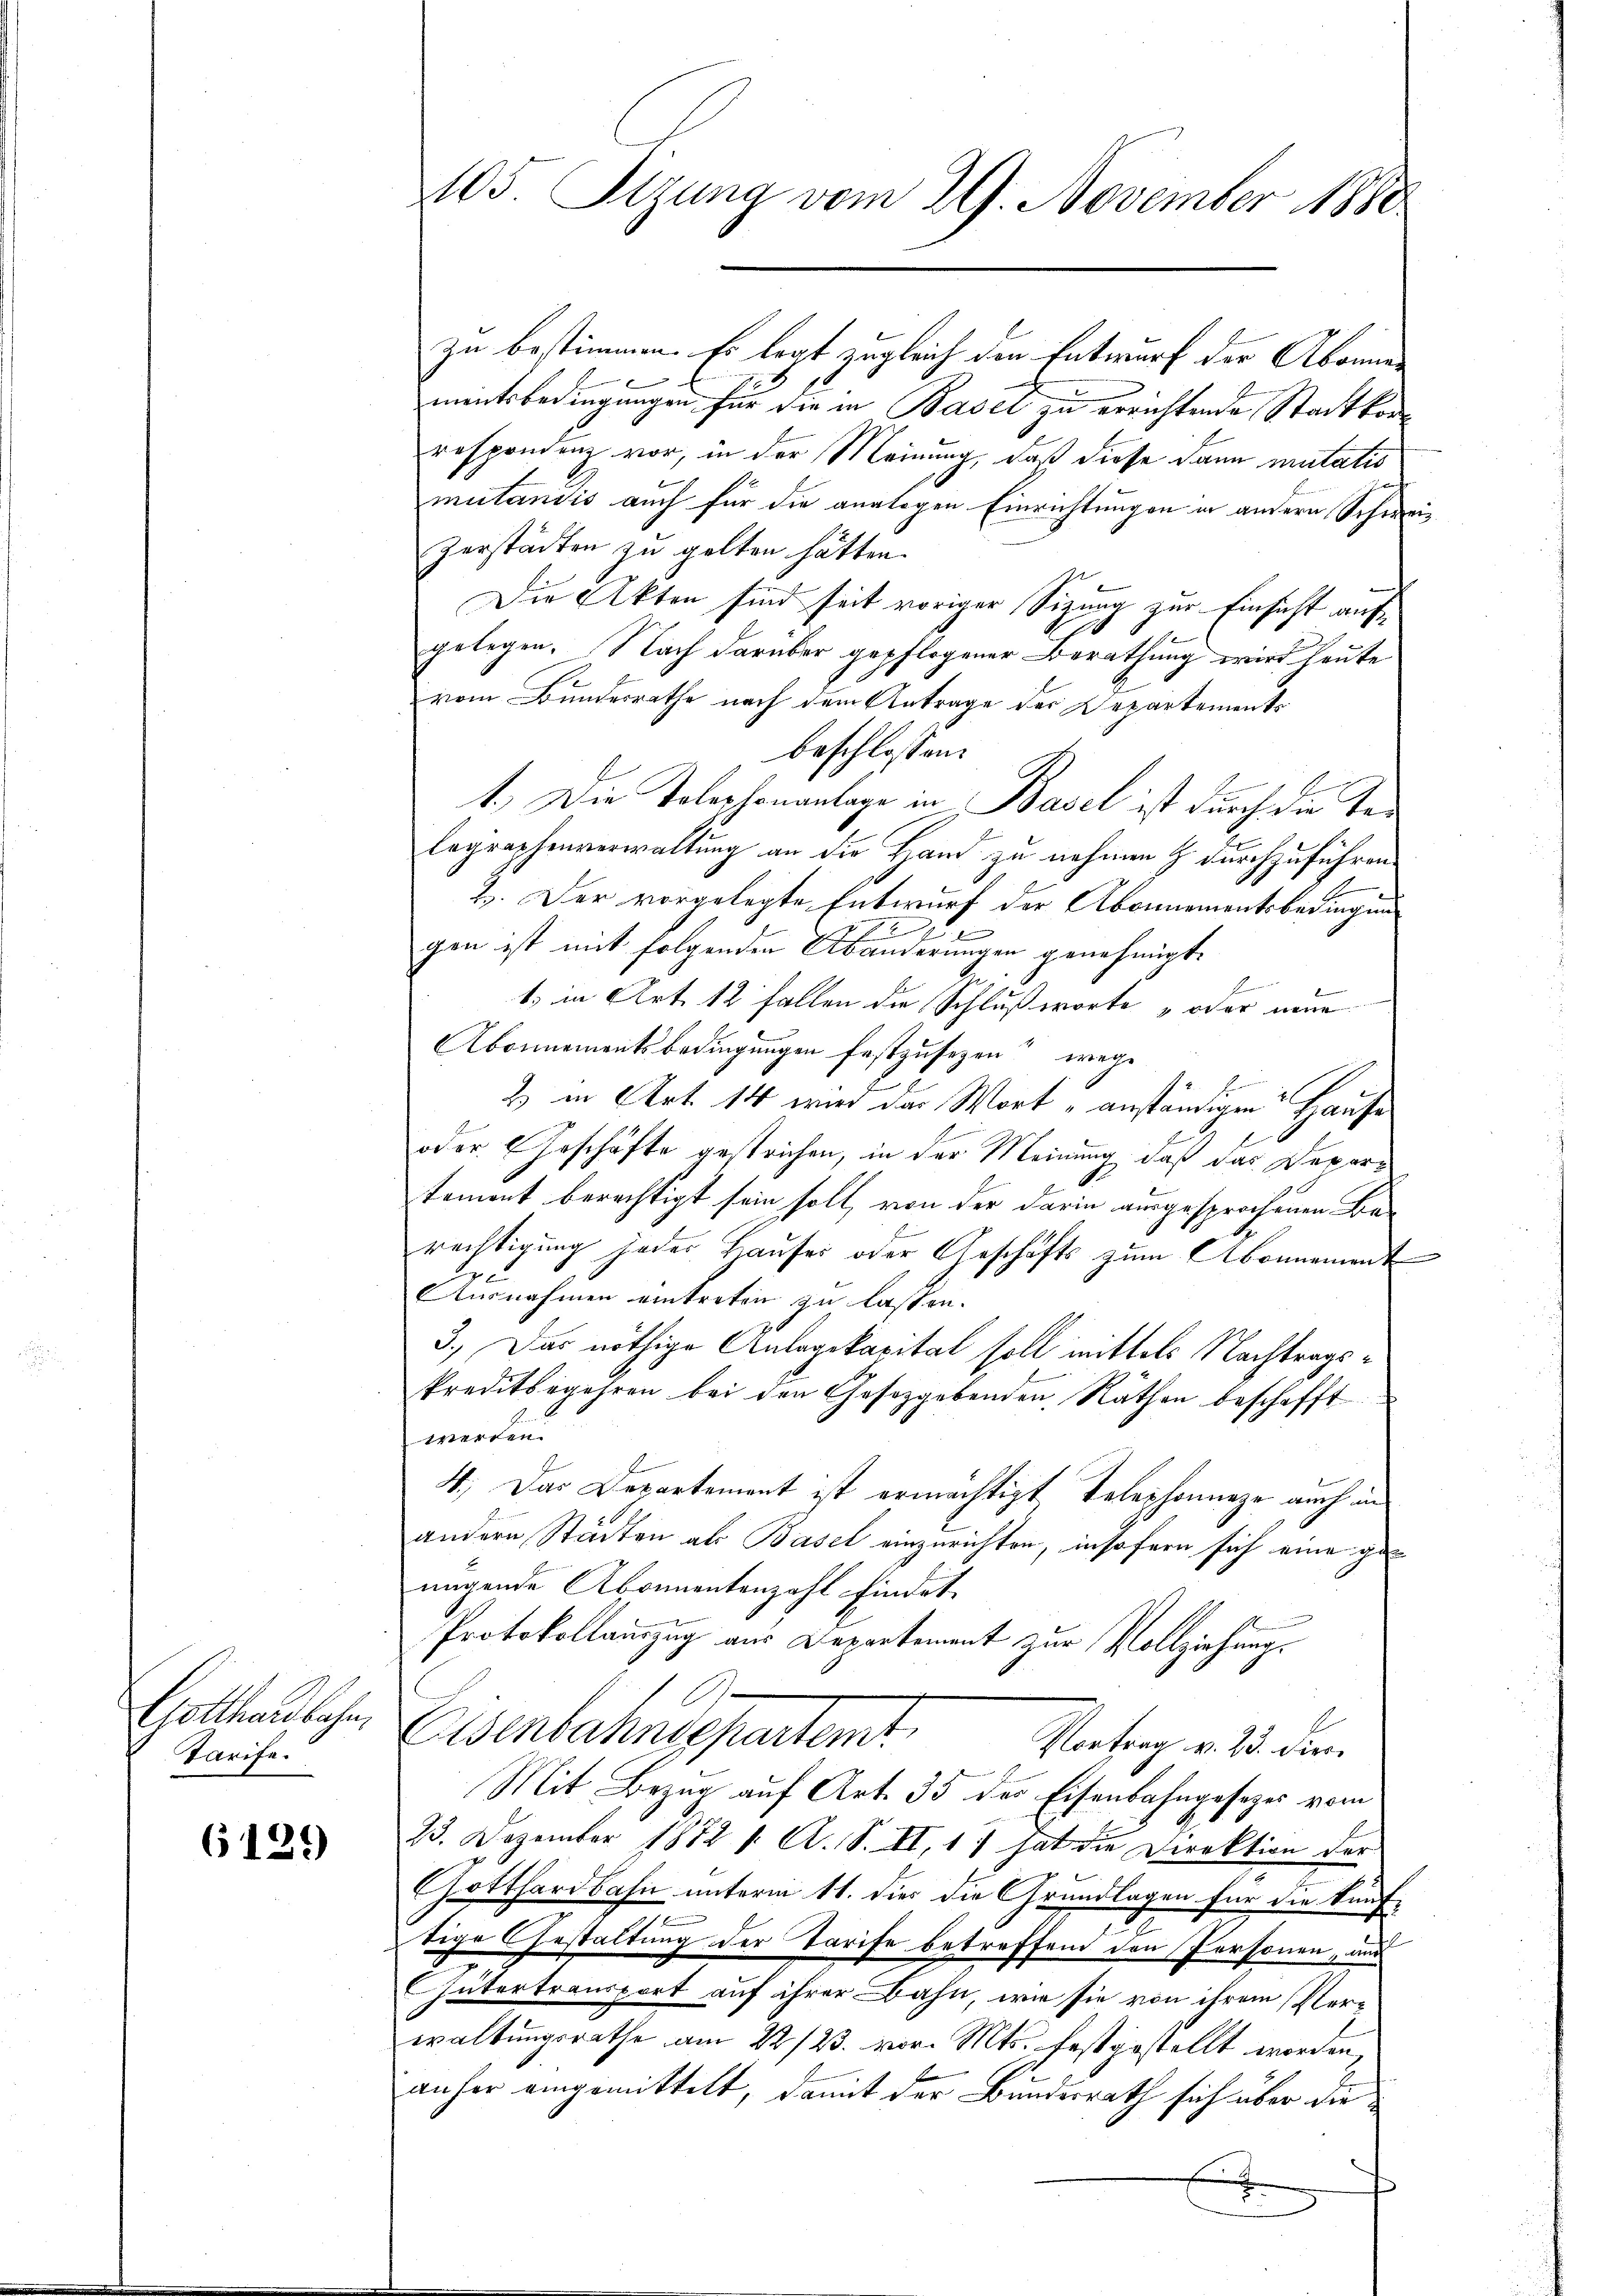
Gotthardbahn,
Tarife.

6129

105 Sitzung vom 29. November 1880

zu bestimmen. Es legt zugleich den Entwurf der Abonnen
mentsbedingungen für die in Basel zu errichtende Stadtkorrespondenz vor, in der Meinung, daß diese dann mutatio
mutandis auch für die analogen Einrichtungen in andern Schwei¬
Zerstädten zu gelten hätten.
Die Akten sind seit voriger Sizung zur Einsicht aufgelegen. Nach darüber gepflogener Berathung wird heute
vom Bundesrathe nach dem Antrage der Departements
beschlossen:
1.) Die Telephonanlage in Basel ist durch die Telegraphenverwaltung an die Hand zu nehmen & durchzuführen.
2. Der vorgelegte Entwurf der Abonnementsbedingung
2
t
gen ist mit folgenden Abänderungen genehmigt.
E
1. in Art. 12 fallen die Schlußworte „oder neue
Abonnementsbedingungen festzusezen“ wege
2 in Art. 14 wird das Wort „anständigen Hause
oder Geschäfte gestrichen, in der Meinung, daß das Departement berechtigt sein soll, von der darin ausgesprochenen Berechtigung jeder Haŭses oder Geschäfts zŭm Abonnement
eu
Ausnahmen eintreten zu lassen.
3.) Das nöthige Anlagekapital soll mittels Nachtrags¬
Preditbegehren bei den Gesetzgebenden Räthen beschafft
werden.
4.) Das Departement ist ermächtigt Telephonanze auch in
andern Städten als Basel einzurichten, insofern sich eine genügende Abonnentenzahl findet.
Protokollauszug aus Departement zur Vollziehung.
A
Eisenbahnsepartemt
Vortrag v. 23. Die
Mit Bezug auf Art. 35 der Eisenbahngesezes vom
23. Dezember 1882 f. A. S. II, 1) hat die Direktion der
Gotthardbahn unterm 11. dies die Grundlagen für die Kauf-
tige Gestaltung der Tarife betreffend den Personen, und
Gütertransport auf ihrer Bahn, wie sie von ihrem Verwaltungsrathe am 22/23. vor. Mts. festgestellt worden,
anher eingemittelt, damit der Bundesrath sich über die¬
E